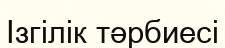
Ізгілік тәрбиесі